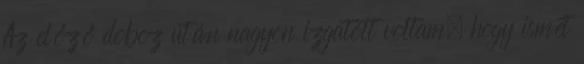
Az előző doboz után nagyon izgatott voltam, hogy ismét